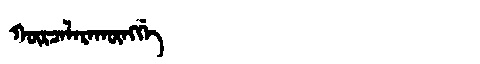
Manchu: ᡴᡡᡵᠴᠠᠯᠠᡵᠠᡴᡡᠩᡤᡝ
Romanization: KŪRCALARAKŪNGGE